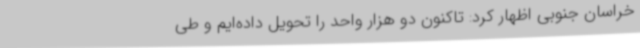
خراسان جنوبی اظهار کرد: تاکنون دو هزار واحد را تحویل داده‌ایم و طی